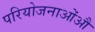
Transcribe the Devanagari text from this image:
परियोजनाओंऔ